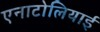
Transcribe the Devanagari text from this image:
एनाटोलियाई